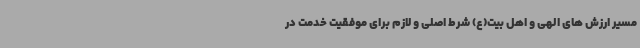
مسیر ارزش های الهی و اهل بیت(ع) شرط اصلی و لازم برای موفقیت خدمت در